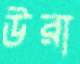
উরা